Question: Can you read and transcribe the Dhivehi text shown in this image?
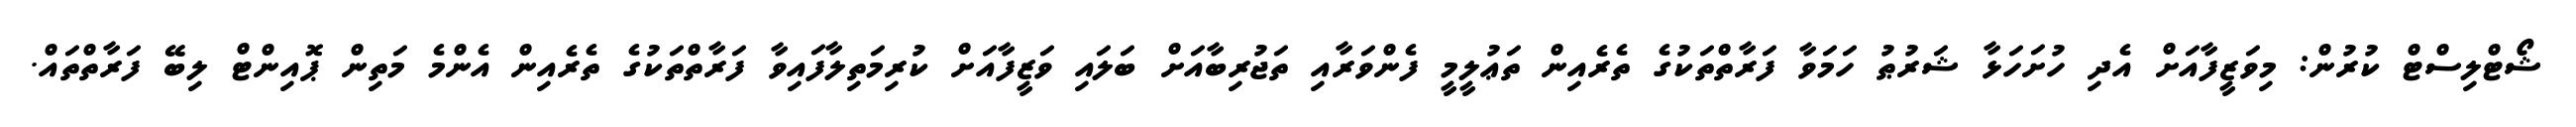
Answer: ޝޯޓްލިސްޓް ކުރުން: މިވަޒީފާއަށް އެދި ހުށަހަޅާ ޝަރުޠު ހަމަވާ ފަރާތްތަކުގެ ތެރެއިން ތަޢުލީމީ ފެންވަރާއި ތަޖުރިބާއަށް ބަލައި ވަޒީފާއަށް ކުރިމަތިލާފައިވާ ފަރާތްތަކުގެ ތެރެއިން އެންމެ މަތިން ޕޮއިންޓް ލިބޭ ފަރާތްތައް.